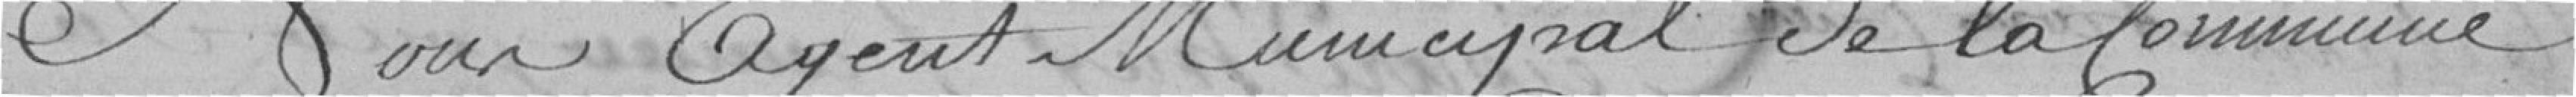
Nous Agent Municipal de la Commune